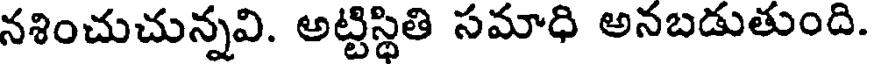
నశించుచున్నవి. అట్టిస్థితి సమాధి అనబడుతుంది.